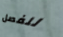
للفصل